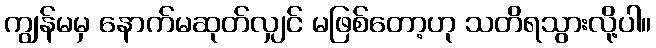
ကျွန်မမှ နောက်မဆုတ်လျှင် မဖြစ်တော့ဟု သတိရသွားလို့ပါ။